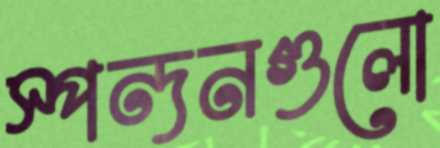
স্পন্দনগুলো